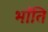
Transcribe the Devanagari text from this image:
भाँंति